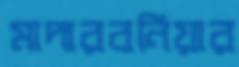
মাদারবনিয়ার